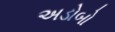
અડોબો